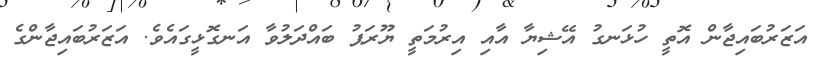
އަޒަރުބައިޖާން އޮތީ ހުޅަނގު އޭޝިޔާ އާއި އިރުމަތީ ޔޫރަޕު ބައްދަލުވާ އަނގޮޅީގައެވެ. އަޒަރުބައިޖާންގެ